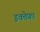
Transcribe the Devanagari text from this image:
इक्तेफ़ा